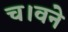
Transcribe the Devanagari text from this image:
च।वने